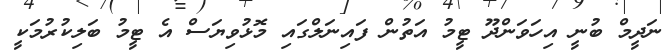
ނަދީމް ބުނީ އިހަވަންދޫ ޓީމު އަތުން ފައިނަލްގައި މޮޅުވިޔަސް އެ ޓީމު ބަލިކުރުމަކީ